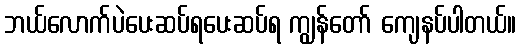
ဘယ်လောက်ပဲပေးဆပ်ရပေးဆပ်ရ ကျွန်တော် ကျေနပ်ပါတယ်။